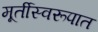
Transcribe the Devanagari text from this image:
मूर्तीस्वरूपात